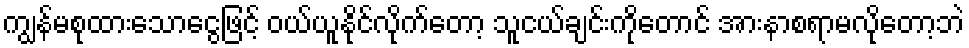
ကျွန်မစုထားသောငွေဖြင့် ဝယ်ယူနိုင်လိုက်တော့ သူငယ်ချင်းကိုတောင် အားနာစရာမလိုတော့ဘဲ